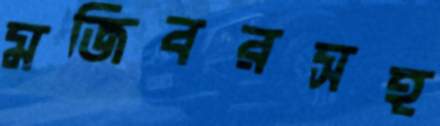
মজিবরসহ